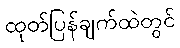
ထုတ်ပြန်ချက်ထဲတွင်